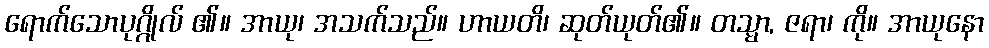
ရောက်သောပုဂ္ဂိုလ် ၏။ အာယု၊ အသက်သည်။ ဟာယတိ၊ ဆုတ်ယုတ်၏။ တသ္မာ, ဇရာ၊ ကို။ အာယုနော